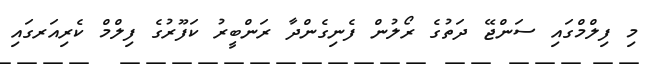
މި ފިލްމްގައި ސަންޖޭ ދަތުގެ ރޯލުން ފެނިގެންދާ ރަންބީރު ކަފޫރުގެ ފިލްމް ކެރިއަރގައި